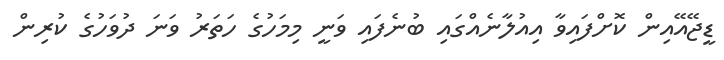
ޑީޖޭއޭއިން ކޮށްފައިވާ އިއުލާނެއްގައި ބުނެފައި ވަނީ މިމަހުގެ ހަތަރު ވަނަ ދުވަހުގެ ކުރިން